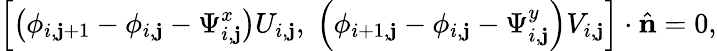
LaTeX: \left[\left(\phi_{i,\mathbf{j}+1}-\phi_{i,\mathbf{j}}-\Psi_{i,\mathbf{j}}^{x}\right)U_{i,\mathbf{j}},\; \left(\phi_{i+1,\mathbf{j}}-\phi_{i,\mathbf{j}}-\Psi_{i,\mathbf{j}}^{y}\right)V_{i,\mathbf{j}}\right]\cdot\hat{{\mathbf{{n}}}}=0,